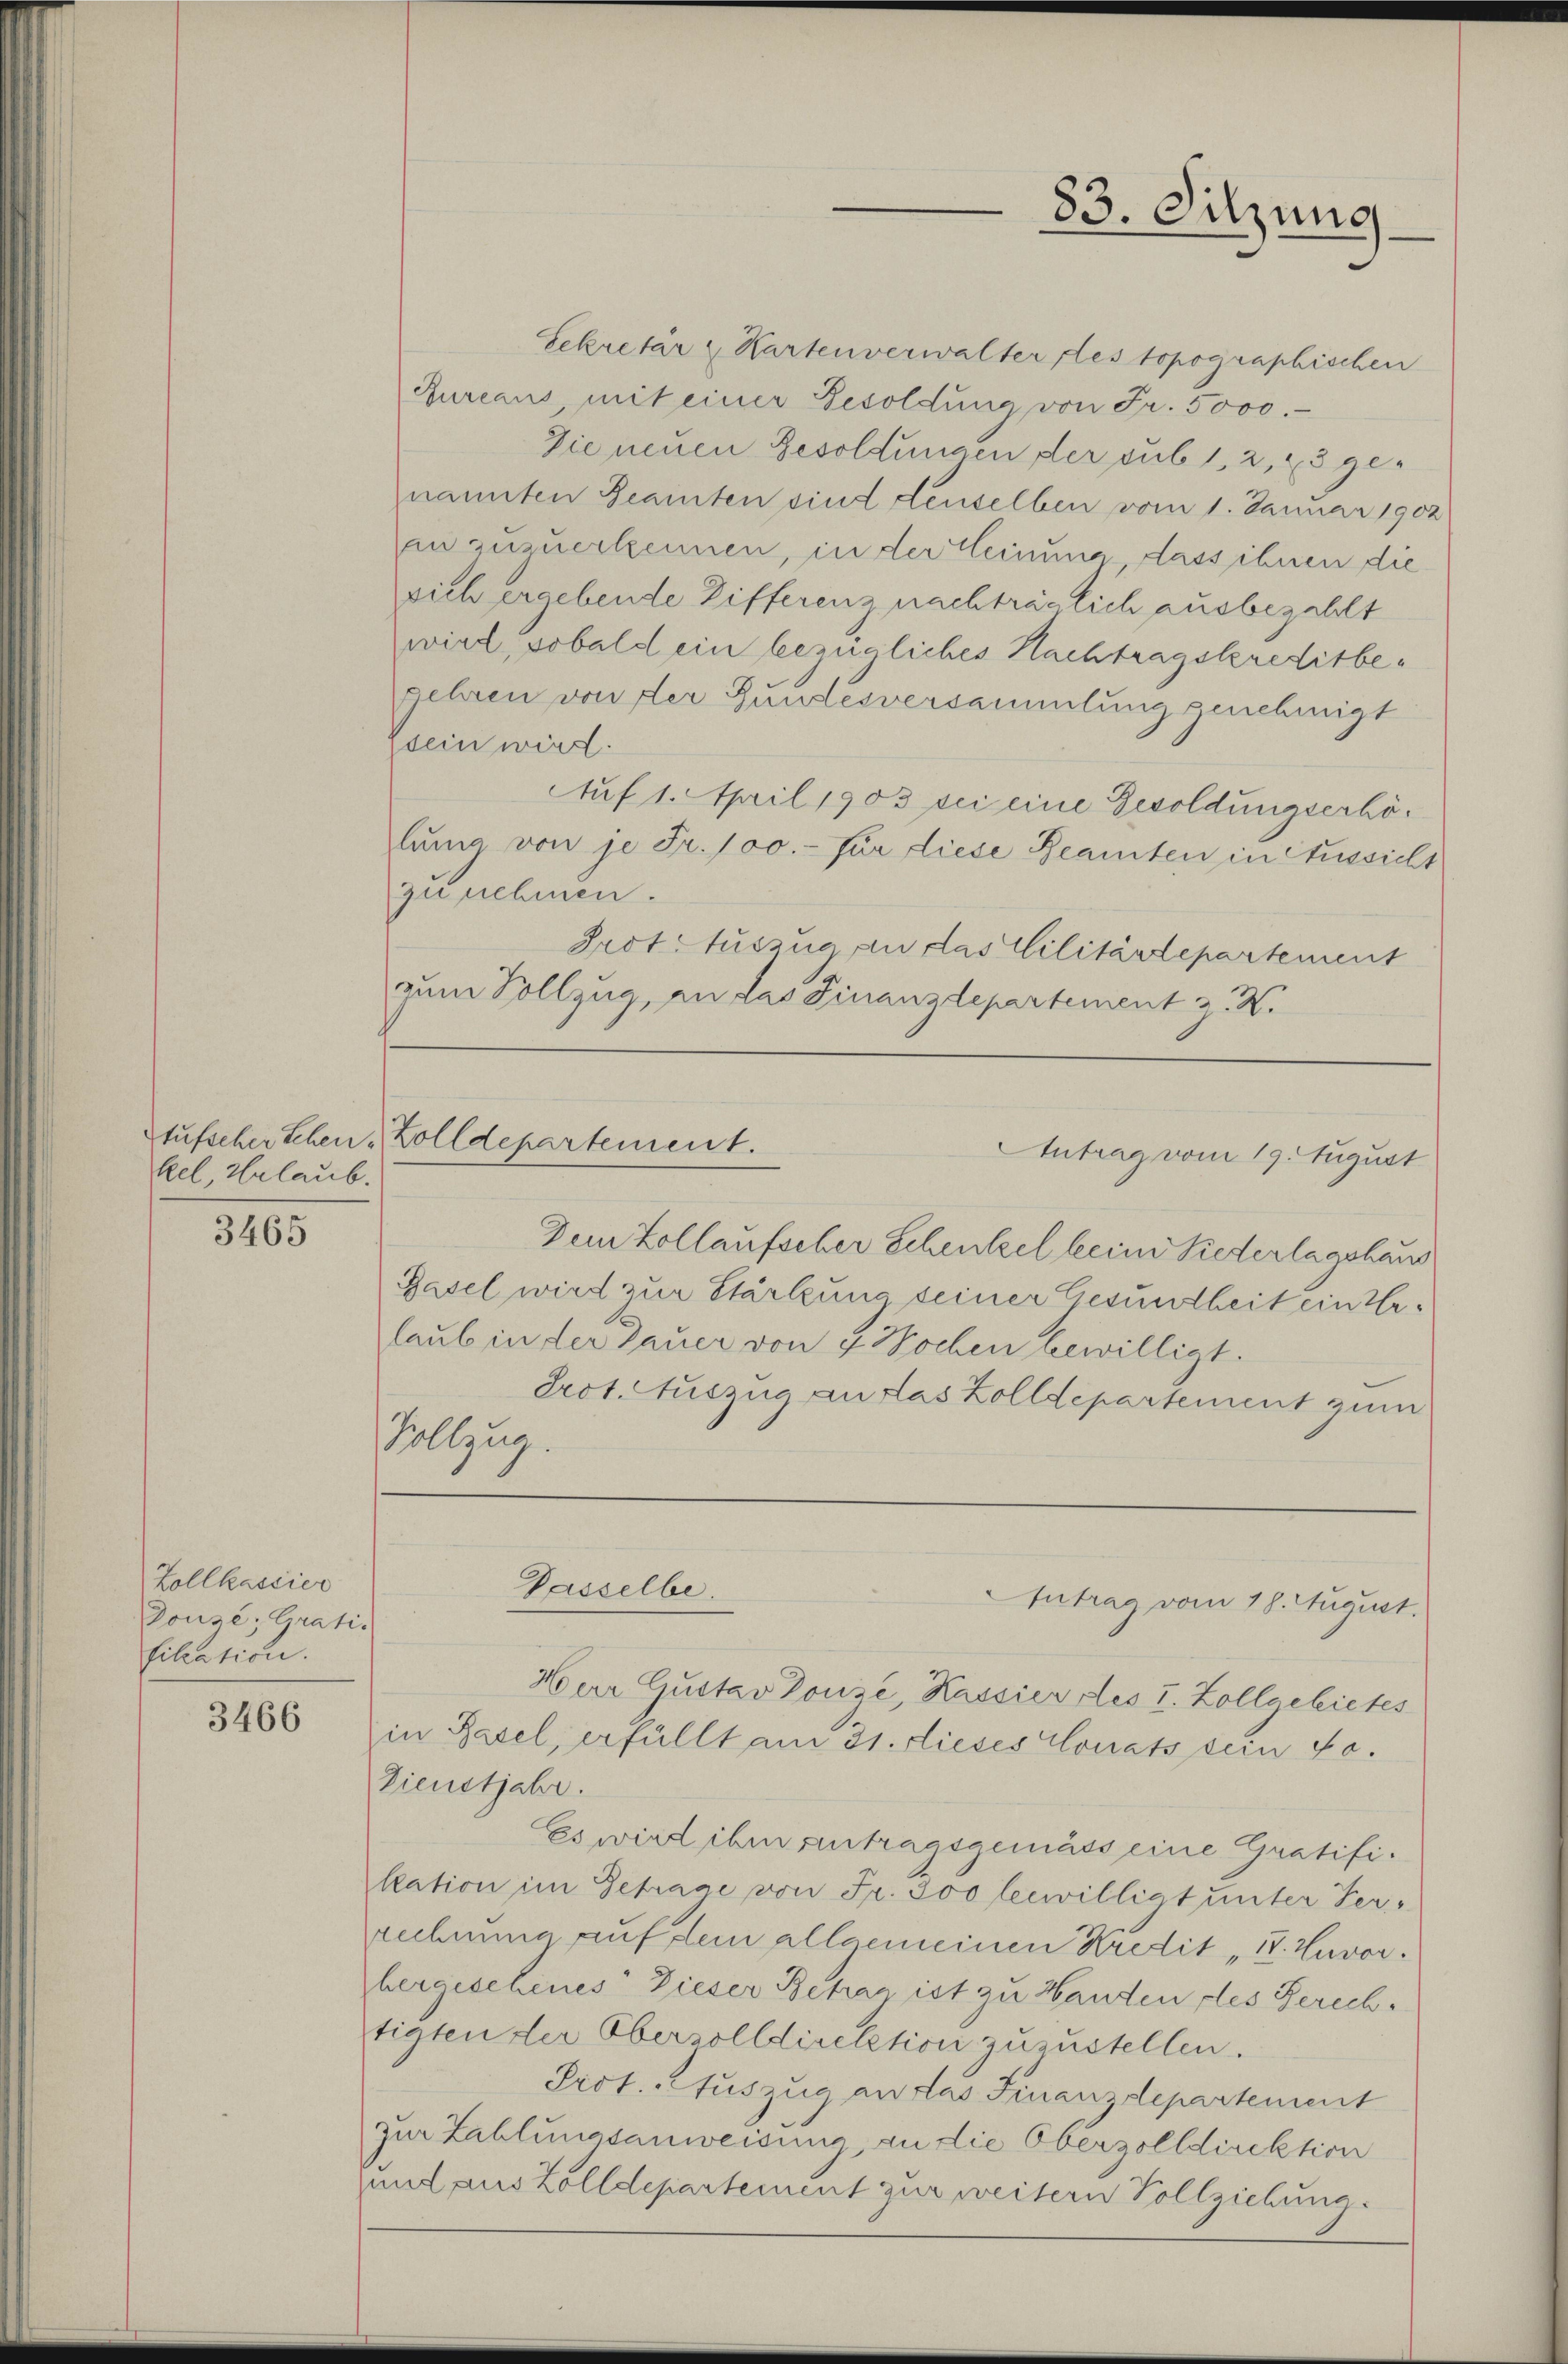
kel, Erlaub.

3465

Zollkassier
Douse; Gratis
fikation.

3466

Sekretär " Kartenverwalter des topographischen
Bureaus, mit einer Besoldung von Fr. 5000.-
Die neuen Besoldungen der sub 1, 2, 3 genannten Beainten sind denselben vom 1. Januar 1902
in zuzuerkennen, in der Meinung dass ihnen die
sich ergebende Zifferenz nachträglich ausbezahlt
wird, sobald ein bezügliches Nachtragskreditbe¬
Jehren von der Gundesversammlung genehmigt
dein wird.
Auf 1. April 1903 sei eine Gesoldungserhölŭng von je Fr. 100.- für diese Beamten in Aussicht
zunehmen.
Prot. Auszug an das Militärdepartement
zum Vollzug, an das Finanzdepartement z. W.

tufscher Schen Zolldepartement.
Antrag vom 19. August

83. Sitzung

Dem Zollaufscher Schenkel beim Siederlagshaus
Basel wird zur Stärkung seiner Gesundheit einerlaub in der Dauer von 4 Wochen bewilligt.
Prot. Auszug an das Zolldepartement zum
Vollzug.
Har Gustav Lorze, Kassier des I. Zollgebietes
in Basel, erfüllt am 31. dieses Conats sein Fe
Dienstjahr.
Es wird ihm antragsgemäss eine Gratifikation im Getrage von Fr. 300 leewilligt unter Ser-
rechnung auf dem allgemeinen Kredit 17. Zuvor.
bergeschenes Dieser Betrag ist zu Handen des Gerechtigten der Oberzolldirektion zuzustellen.
Prot. Auszug an das Finanzdepartement
zur Zahlungsanweisung, an die Oberzolldirektion
und aus Zolldepartement zur weitern Vollziehung.

Passelbe.
Antrag vom 18. August.